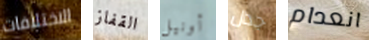
الاختلافات القفاز أونيل جدال انعدام